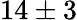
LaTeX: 14\pm 3